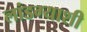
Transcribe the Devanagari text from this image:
लांडग्याशी